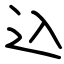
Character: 込